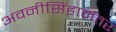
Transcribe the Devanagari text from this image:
अवनीसिंहानंतर